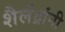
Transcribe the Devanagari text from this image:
शैलेंद्रांनी